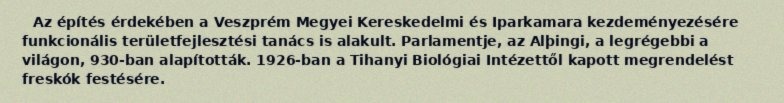
Az építés érdekében a Veszprém Megyei Kereskedelmi és Iparkamara kezdeményezésére funkcionális területfejlesztési tanács is alakult. Parlamentje, az Alþingi, a legrégebbi a világon, 930-ban alapították. 1926-ban a Tihanyi Biológiai Intézettől kapott megrendelést freskók festésére.